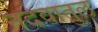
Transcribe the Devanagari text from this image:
नदवातुल